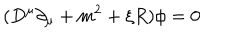
( D ^ { \mu } \partial _ { \mu } + m ^ { 2 } + \xi R ) \phi = 0